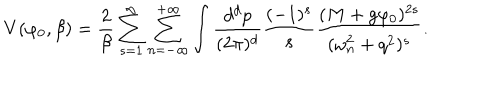
V ( \varphi _ { 0 } , \beta ) = \frac { 2 } { \beta } \sum _ { s = 1 } ^ { \infty } \sum _ { n = - \infty } ^ { + \infty } \int \frac { d ^ { d } p } { ( 2 \pi ) ^ { d } } \frac { ( - 1 ) ^ { s } } { s } \frac { ( M + g \varphi _ { 0 } ) ^ { 2 s } } { ( \omega _ { n } ^ { 2 } + q ^ { 2 } ) ^ { s } } .